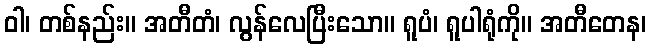
ဝါ၊ တစ်နည်း။ အတီတံ၊ လွန်လေပြီးသော။ ရူပံ၊ ရူပါရုံကို။ အတီတေန၊